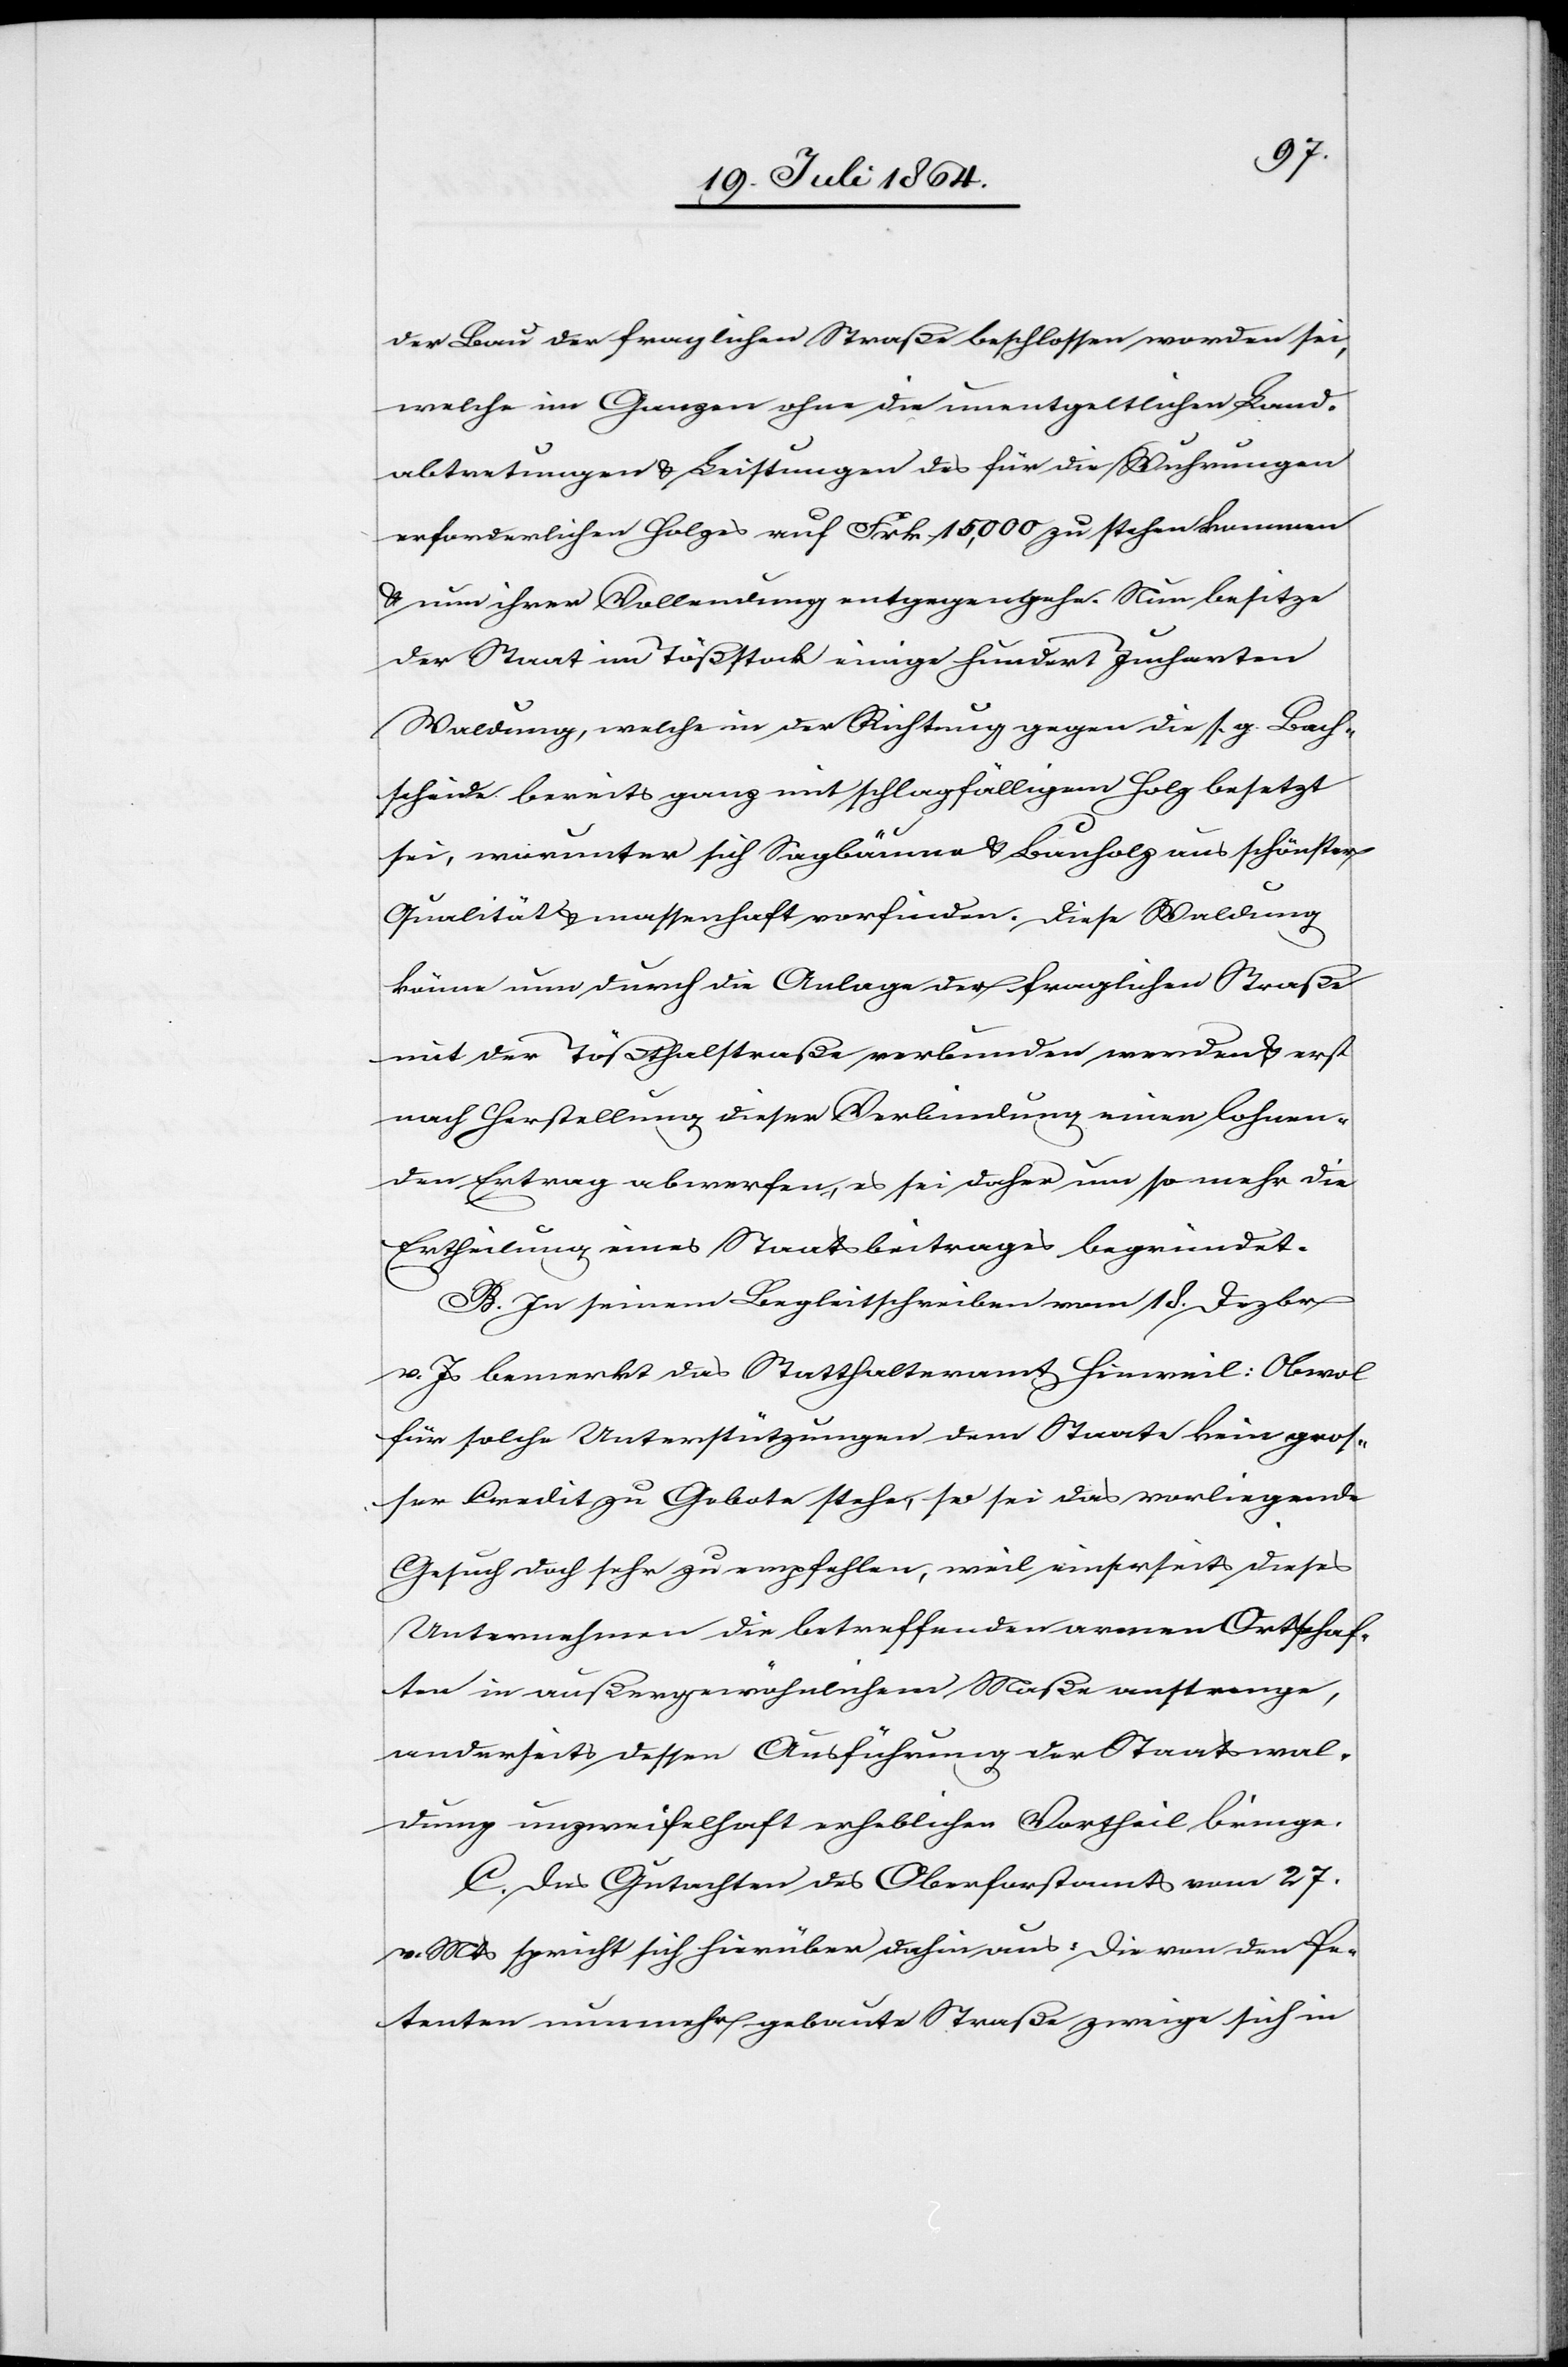
der Bau der fraglichen Straße beschlossen worden sei,
welche im Ganzen ohne die unentgeltlichen Land¬
abtretungen u. Leistungen des für die Wuhrungen
erforderlichen Holzes auf Frk. 15,000 zu stehen kommen
u. nun ihrer Vollendung entgegengehe. Nun besitze
der Staat im Tößstock einige hundert Jucharten
Waldung, welche in der Richtung gegen die s. g. Bach¬
scheide bereits ganz mit schlagfälligem Holz besetzt
sei, worunter sich Sagbäume u. Bauholz aus schönster
Qualität u. massenhaft vorfinden. Diese Waldung
könne nun durch die Anlage der fraglichen Straße
mit der Tößthalstraße verbunden werden u. erst
nach Herstellung dieser Verbindung einen lohnen¬
den Ertrag abwerfen, es sei daher um so mehr die
Ertheilung eines Staatsbeitrages begründet.
B. In seinem Begleitschreiben vom 18. Dezbr
v. Js bemerkt das Statthalteramt Hinweil: Obwol
für solche Unterstützungen dem Staate kein gros¬
ser Credit zu Gebote stehe, so sei das vorliegende
Gesuch doch sehr zu empfehlen, weil einserseits dieses
Unternehmen die betreffenden armen Ortschaf¬
ten in außergewöhnlichem Maße anstrenge,
anderseits dessen Ausführung der Staatswal¬
dung unzweifelhaft erheblichen Vortheil bringe.
C. Das Gutachten des Oberforstamts vom 27.
v. Mts. spricht sich hierüber dahin aus: Die von den Pe¬
tenten nunmehr gebaute Straße zweige sich in